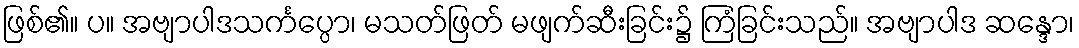
ဖြစ်၏။ ပ။ အဗျာပါဒသင်္ကပ္ပော၊ မသတ်ဖြတ် မဖျက်ဆီးခြင်း၌ ကြံခြင်းသည်။ အဗျာပါဒ ဆန္ဒော၊